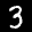
Label: 3